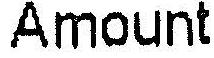
AMOUNT